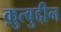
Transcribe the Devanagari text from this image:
क़ुत्बुद्दीन